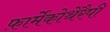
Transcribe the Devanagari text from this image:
फ़ार्मेकोथेरैपी